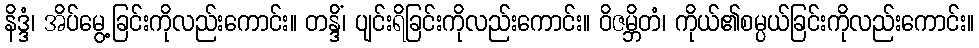
နိဒ္ဒံ၊ အိပ်မွေ့ခြင်းကိုလည်းကောင်း။ တန္ဒိံ၊ ပျင်းရိခြင်းကိုလည်းကောင်း။ ဝိဇမ္ဘိတံ၊ ကိုယ်၏စမ္ပယ်ခြင်းကိုလည်းကောင်း။